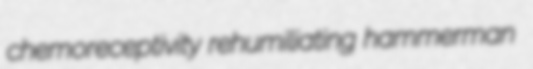
chemoreceptivity rehumiliating hammerman